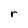
Character: r